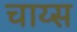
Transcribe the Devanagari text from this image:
चाय्स